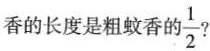
香的长度是粗蚊香的\frac{1}{2}？